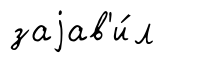
заjав'и́л